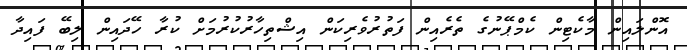
އޮންލައިން މާކެޓިން ކެމްޕޭނުގެ ތެރެއިން ފަތުރުވެރިކަން އިޝްތިހާރުކުރުމަށް ކުރާ ހޭދައިން ލިބޭ ފައިދާ